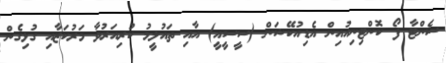
ސެންޓާ ފޯ ކޮންޓިނިއުއިން އެޑިއުކޭޝަން (ސީސީއީ) އާއި ތައުލީމު ކުރިއަރުވާ މަރުކަޒާއި ގުޅިގެން